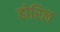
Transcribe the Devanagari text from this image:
होरिल